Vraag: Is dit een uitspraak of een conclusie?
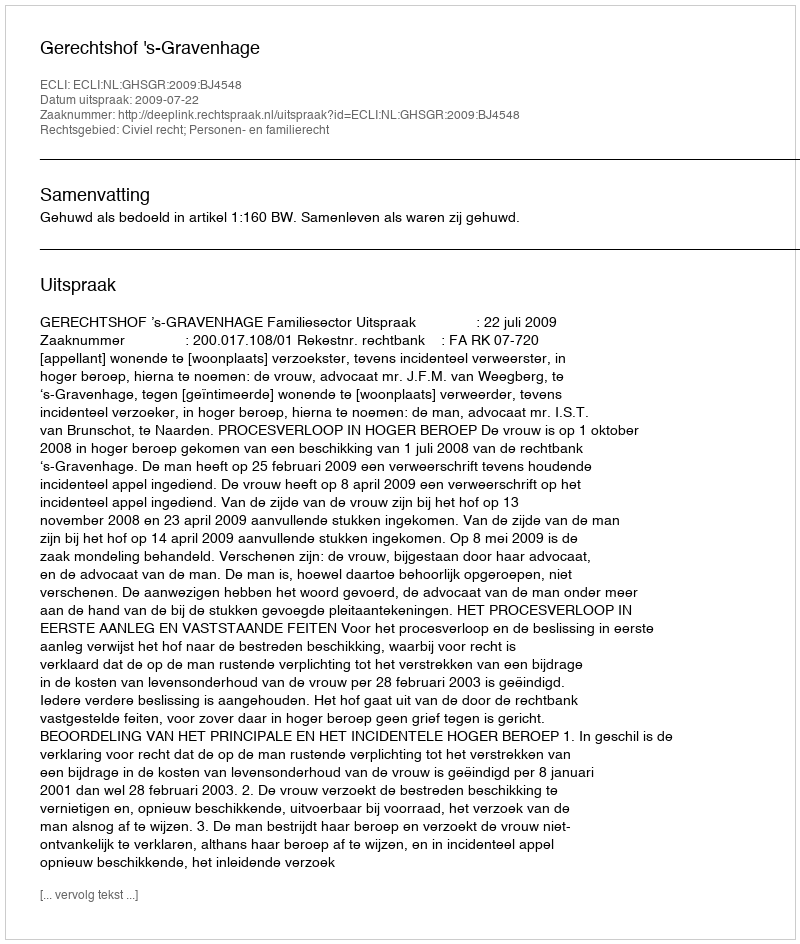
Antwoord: Uitspraak